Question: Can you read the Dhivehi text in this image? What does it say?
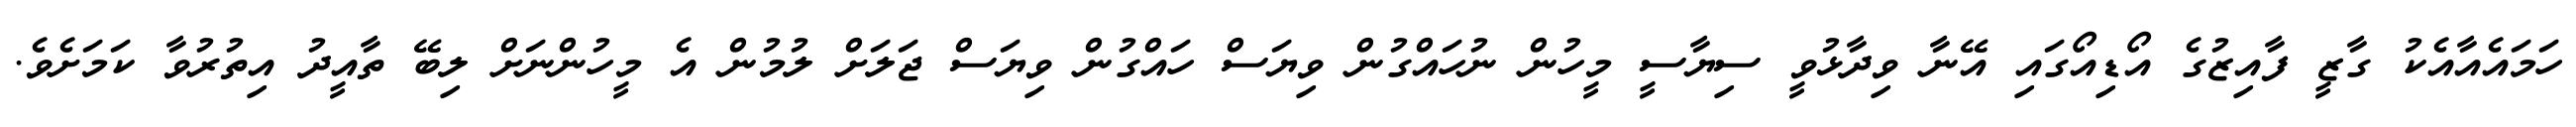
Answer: ހަމައެއާއެކު ގާޒީ ފާއިޒުގެ އޯޑިއޯގައި އޭނާ ވިދާޅުވީ ސިޔާސީ މީހުން ނުހައްގުން ވިޔަސް ހައްގުން ވިޔަސް ޖަލަށް ލުމުން އެ މީހުންނަށް ލިބޭ ތާއީދު އިތުރުވާ ކަމަށެވެ.